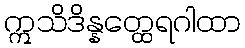
ဣသိဒိန္နတ္ထေရဂါထာ